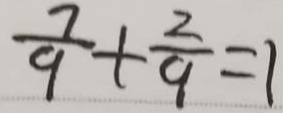
\frac { 7 } { 9 } + \frac { 2 } { 9 } = 1